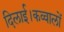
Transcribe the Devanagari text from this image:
दिलाई।कव्वालों